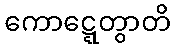
ကောဋ္ဋေတွာတိ